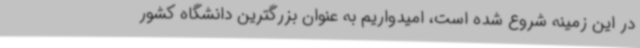
در این زمینه شروع شده است، امیدواریم به عنوان بزرگترین دانشگاه کشور